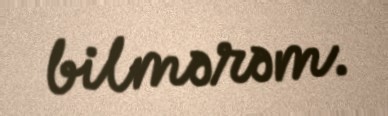
bilmərəm.